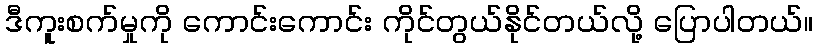
ဒီကူးစက်မှုကို ကောင်းကောင်း ကိုင်တွယ်နိုင်တယ်လို့ ပြောပါတယ်။